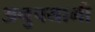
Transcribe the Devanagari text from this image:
अनुपयागी